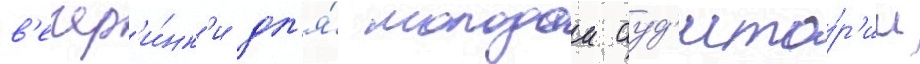
в'ечер'и́нк'и дл'я́ молодои ауд'ито́р'ии